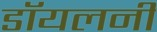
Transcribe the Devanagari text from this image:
डॉयलनी